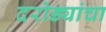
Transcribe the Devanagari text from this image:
दरोड्यांचा